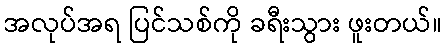
အလုပ်အရ ပြင်သစ်ကို ခရီးသွား ဖူးတယ်။